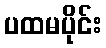
ပထမပိုင်း